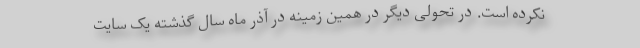
نکرده است. در تحولی دیگر در همین زمینه در آذر ماه سال گذشته یک سایت